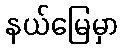
နယ်မြေမှာ